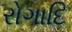
રોગાદિ